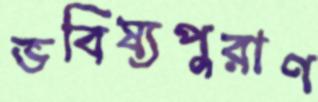
ভবিষ্যপুরাণ